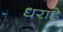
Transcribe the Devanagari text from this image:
धराडे